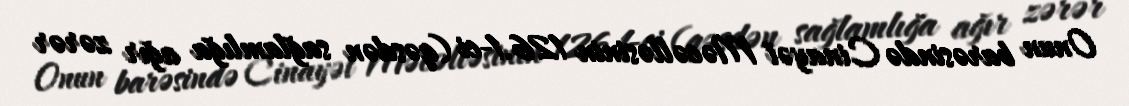
Onun barəsində Cinayət Məcəlləsinin 126.1-ci (qəsdən sağlamlığa ağır zərər